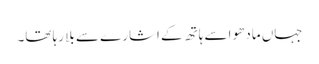
جہاں مادھو اسے ہاتھ کے اشارے سے بلا رہا تھا۔